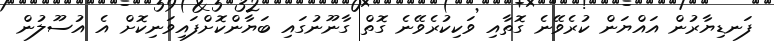
ފަނޑިޔާރުން އައްޔަން ކުރެވޭނެ ގޮތާއި ވަކިކުރެވޭނެ ގޮތް ގާނޫނުގައި ބަޔާންކޮށްފައިވަނިކޮށް އެ އުސޫލުން